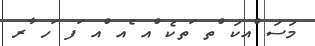
މަސަ ްއކަ ްތ ަތކެ ްއ ެއ ްއ ަފ ަހ ާރ